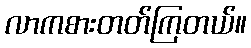
လာကစားတတ်ကြတယ်။